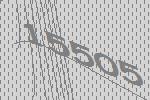
15505